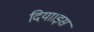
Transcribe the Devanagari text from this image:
दिया।इस